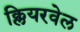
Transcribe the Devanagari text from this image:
क्लियरवेल